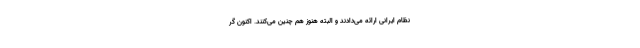
نظام ایرانی ارائه می‌دادند و البته هنوز هم چنین می‌کنند. اکنون گر